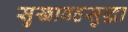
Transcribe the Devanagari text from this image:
सुखावहसुद्धा